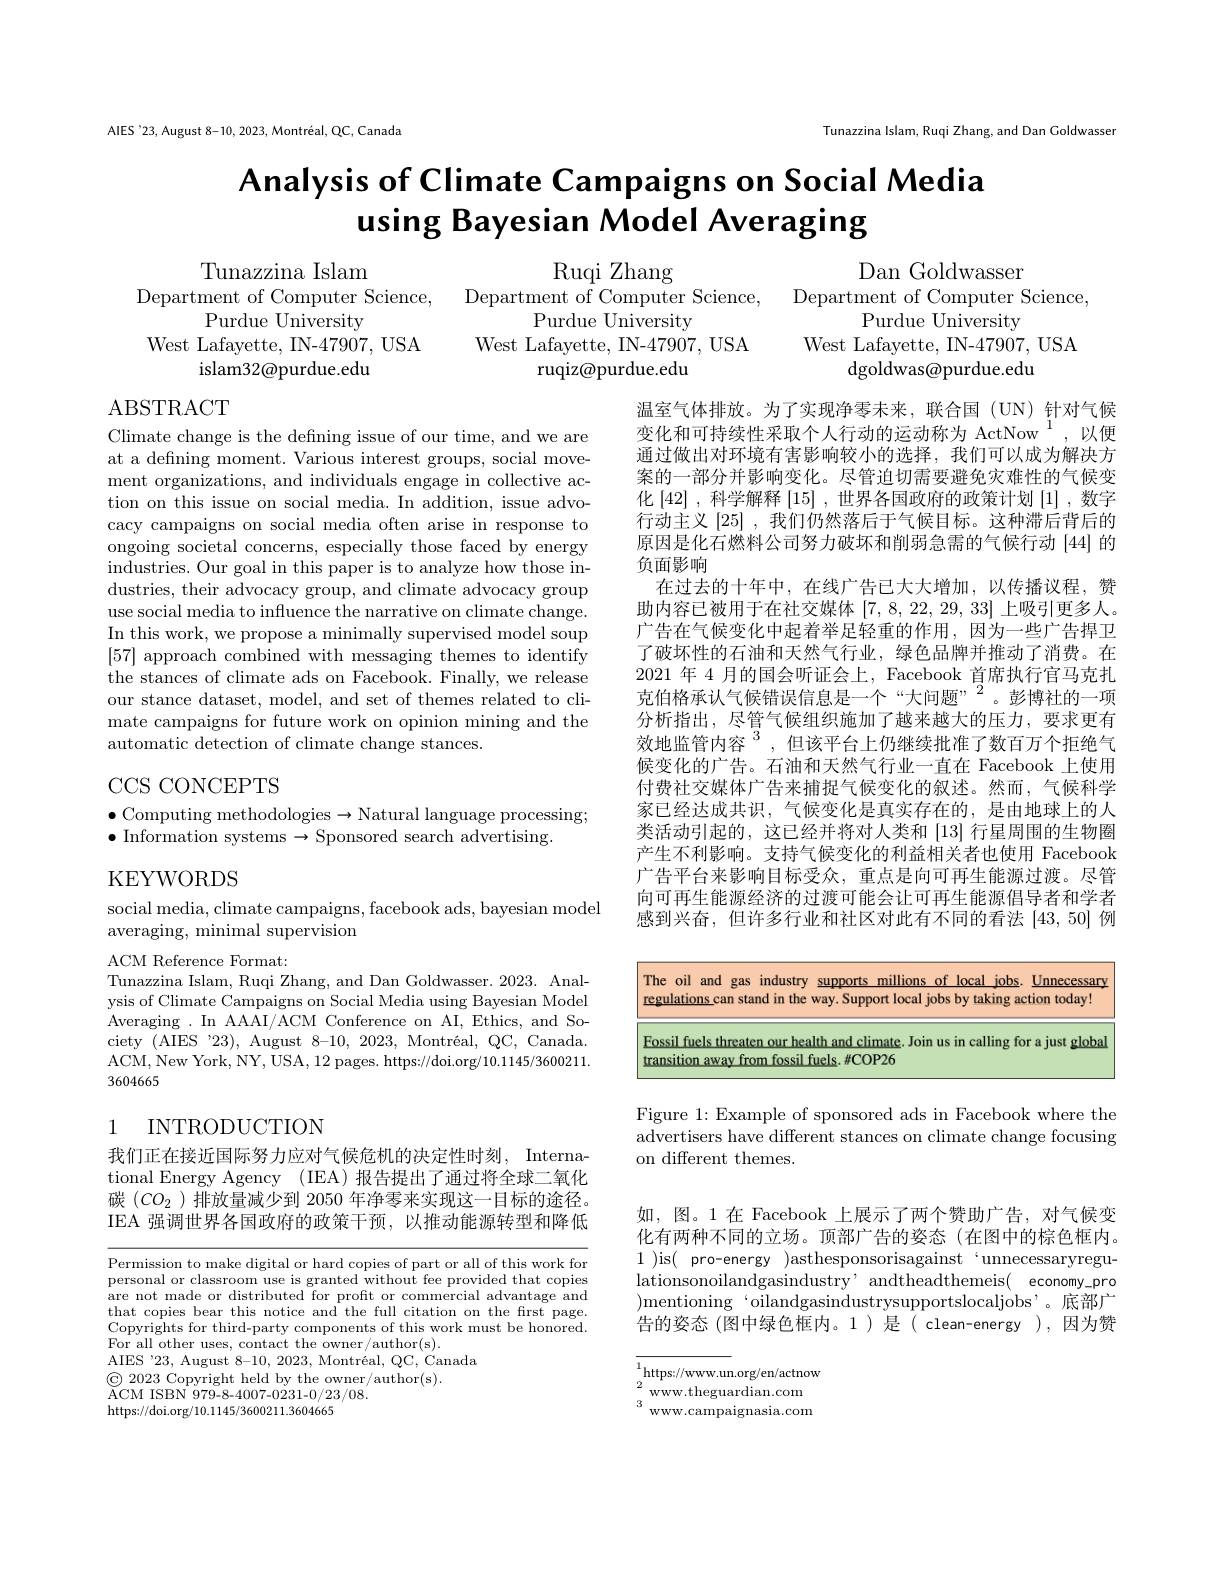
Tunazzina Islam, Ruqi Zhang, and Dan Coldwasser

AIES'23, August 8-10, 2023, Montréal, QC, Canada

# Analysis of Climate Campaigns on Social Media using Bayesian Model Averaging

Ruqi Zhang
Department of Computer Science,
Purdue University
West Lafayette, IN-47907, USA
ruqiz@purdue.edu

Tunazzina Islam
Department of Computer Science,
Purdue University
West Lafayette, IN-47907, USA
islam32@purdue.edu

Dan Goldwasser
Department of Computer Science,
Purdue University
West Lafayette, IN-47907, USA
${\mathrm{dgoldwas@purdue.edu}}$

ABSTRACT

Climate change is the defining issue of our time, and we are at a defning moment. Various interest groups, social movement organizations, and individuals engage in collective action on this issue on social media. In addition, issue advocacy campaigns on social media often arise in response to ongoing societal concerns, especially those faced by energy industries. Our goal in this paper is to analyze how those industries, their advocacy group, and climate advocacy group use social media to influence the narrative on climate change. In this work, we propose a minimally supervised model soup [57] approach combined with messaging themes to identify the stances of climate ads on Facebook. Finally, we release our stance dataset, model, and set of themes related to climate campaigns for future work on opinion mining and the automatic detection of climate change stances.

温室气体排放。为了实现净零未来，联合国(UN)针对气候变化和可持续性采取个人行动的运动称为 ActNow $^{1}$,以便通过做出对环境有害影响较小的选择，我们可以成为解决方案的一部分并影响变化。尽管迫切需要避免灾难性的气候变化$\left[42\right]$,科学解释$\left[15\right]$,世界各国政府的政策计划$\left[1\right]$,数字行动主义[25] ,我们仍然落后于气候目标。这种滞后背后的原因是化石燃料公司努力破坏和削弱急需的气候行动[44]的负面影响
在过去的十年中，在线广告已大大增加，以传播议程，赞助内容已被用于在社交媒体[7,8,22,29,33]上吸引更多人。广告在气候变化中起着举足轻重的作用，因为一些广告捍卫了破坏性的石油和天然气行业，绿色品牌并推动了消费。在2021 年 4 月的国会听证会上，Facebook 首席执行官马克扎克伯格承认气候错误信息是一个“大问题”””。彭博社的一项分析指出，尽管气候组织施加了越来越大的压力，要求更有效地监管内容$^{3}$,但该平台上仍继续批准了数百万个拒绝气候变化的广告。石油和天然气行业一直在 Facebook 上使用付费社交媒体广告来捕捉气候变化的叙述。然而，气候科学家已经达成共识，气候变化是真实存在的，是由地球上的人类活动引起的，这已经并将对人类和[13]行星周围的生物圈产生不利影响。支持气候变化的利益相关者也使用 Facebook 广告平台来影响目标受众，重点是向可再生能源过渡。尽管向可再生能源经济的过渡可能会让可再生能源倡导者和学者感到兴奋，但许多行业和社区对此有不同的看法[43,50]例

CCS CONCEPTS

$\bullet$ Computing methodologies$\to$Natural language processing;
$\bullet$ Information systems $\to$Sponsored search advertising.

KEYWORDS

social media, climate campaigns, facebook ads, bayesian model
averaging, minimal supervision

The oil and gas industry supports millions of local jobs. Unnecessarv regulations can stand in the way. Support local jobs by taking action today! Fossil fuels threaten our health and climate. Join us in calling for a just global transition away from fossil fuels. #COP26

ACM Reference Format:
Tunazzina Islam, Ruqi Zhang, and Dan Goldwasser. 2023. Analysis of Climate Campaigns on Social Media using Bayesian Model Averaging . In AAAI/ACM Conference on AI, Ethics, and Society (AIES 23), August 8-10, 2023, Montréal, QC, Canada. ACM, New York, NY, USA, 12 pages. https://doi.org/10.1145/3600211. 3604665

### 1 INTRODUCTION

Figure 1: Example of sponsored ads in Facebook where the advertisers have different stances on climate change focusing on different themes.

我们正在接近国际努力应对气候危机的决定性时刻，International Energy Agency (IEA) 报告提出了通过将全球二氧化碳$(CO_2$ )排放量减少到 2050 年净零来实现这一目标的途径。IEA 强调世界各国政府的政策干预，以推动能源转型和降低

如，图。1 在 Facebook 上展示了两个赞助广告，对气候变化有两种不同的立场。顶部广告的姿态(在图中的棕色框内。1 )is( pro-energy )asthesponsorisagainst`unnecessaryregulationsonoilandgasindustry' andtheadthemeis( economy\_pro )mentioning‘oilandgasindustrysupportslocaljobs’。底部广告的姿态(图中绿色框内。1)是( clean-energy ),因为赞

Permission to make digital or hard copies of part or all of this work for personal or classroom use is granted without fee provided that copies are not made or distributed for proft or commercial advantage and that copies bear this notice and the full citation on the first page. Copyrights for third-party components of this work must be honored. For all other uses, contact the owner/author(s).
AIES '23, August 8-10, 2023, Montréal, QC, Canada
$\textcircled{\mathrm{C}}2023$ Copyright held by the owner/author(s).
$\bar{\mathrm{ACM~ISBN~979-8-4007-0231-0/23/08.}}$
https://doi.org/10.1145/3600211.3604665

$\overset{1}{\operatorname*{\operatorname*{\operatorname*{\operatorname*{https://www.un.org/en/actnow}}}}}$ $\begin{array}{ll}{2}&{\mathrm{www.theguardian.com}}\\{3}&{\mathrm{www.campaignasia.com}}\end{array}$